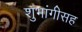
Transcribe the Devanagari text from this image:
शुभांगीसह